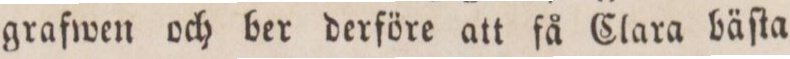
grafwen och ber derföre att få Clara bäſta